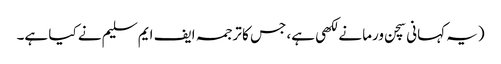
(یہ کہانی سچن ورما نے لکھی ہے، جس کا ترجمہ ایف ایم سلیم نے کیا ہے۔